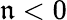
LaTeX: \mathfrak{n}<0